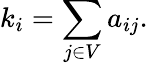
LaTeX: k_{i}=\sum_{j\in V}a_{ij}.